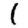
Digit: 1